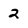
Character: 2